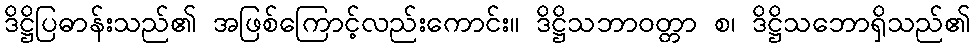
ဒိဋ္ဌိပြဓာန်းသည်၏ အဖြစ်ကြောင့်လည်းကောင်း။ ဒိဋ္ဌိသဘာဝတ္တာ စ၊ ဒိဋ္ဌိသဘောရှိသည်၏